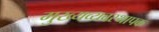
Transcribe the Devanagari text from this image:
मुख्यव्यवस्थापक